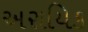
અરાયિક